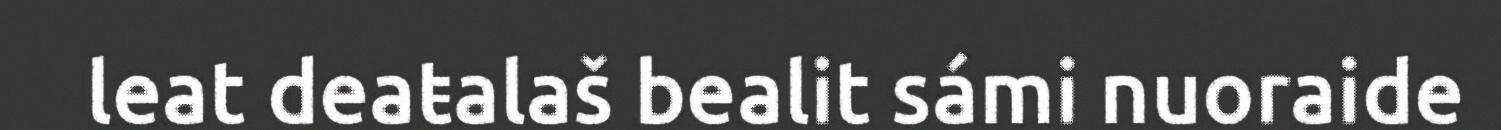
leat deaŧalaš bealit sámi nuoraide